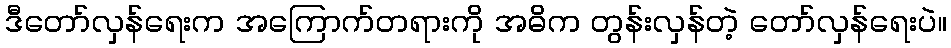
ဒီတော်လှန်ရေးက အကြောက်တရားကို အဓိက တွန်းလှန်တဲ့ တော်လှန်ရေးပဲ။